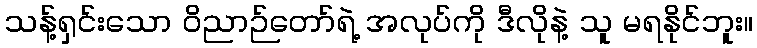
သန့်ရှင်းသော ဝိညာဉ်တော်ရဲ့ အလုပ်ကို ဒီလိုနဲ့ သူ မရနိုင်ဘူး။